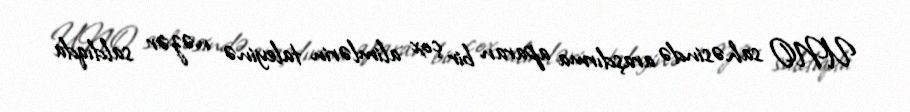
UNO sahəsində araşdırma aparan bir çox alimlərin taleyinə nəzər saldıqda